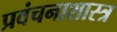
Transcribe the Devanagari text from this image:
प्रवंचनाशास्त्र